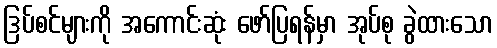
ဒြပ်စင်များကို အကောင်းဆုံး ဖော်ပြရန်မှာ အုပ်စု ခွဲထားသော